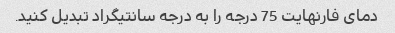
دمای فارنهایت 75 درجه را به درجه سانتیگراد تبدیل کنید.